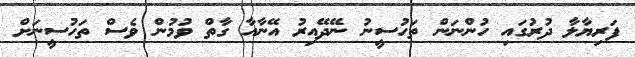
ފަރިޔާލާ ދުރުގައި ހުންނަން ތަހުސީނު ނޭދޭއިރު އޭނާއާ ގާތް ވުމުން ވެސް ތަހުސީނަށް